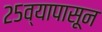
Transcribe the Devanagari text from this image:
२५व्यापासून